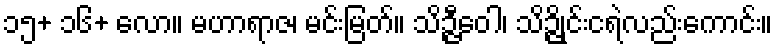
၁၅+ ၁၆+ လော။ မဟာရာဇ၊ မင်းမြတ်။ သိဉ္ဇီဝေါ၊ သိဉ္ဇိုင်းငရဲလည်းကောင်း။